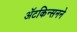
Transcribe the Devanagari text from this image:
ॲटकिन्सनने